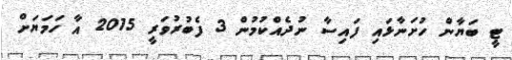
ޓީ ބަޔާން ހުށަނާޅައި ފައިސާ ނުދެއްކުމުން 3 ފެބުރުވަރީ 2015 އާ ހަމަޔަށް